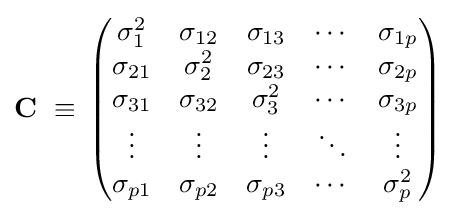
\mathbf {C} \,\,\equiv \,{\begin{pmatrix}{\sigma _{1}^{2}}&{\sigma _{12}}&{\sigma _{13}}&\cdots &{\sigma _{1p}}\\{\sigma _{21}}&{\sigma _{2}^{2}}&{\sigma _{23}}&\cdots &{\sigma _{2p}}\\{\sigma _{31}}&{\sigma _{32}}&{\sigma _{3}^{2}}&\cdots &{\sigma _{3p}}\\\vdots &\vdots &\vdots &\ddots &\vdots \\{\sigma _{p1}}&{\sigma _{p2}}&{\sigma _{p3}}&\cdots &{\sigma _{p}^{2}}\end{pmatrix}}